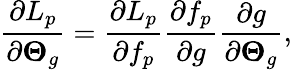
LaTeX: \frac{\partial L_{p}}{\partial\boldsymbol{\Theta}_{g}}=\frac{\partial L_{p}}{\partial f_{p}}\frac{\partial f_{p}}{\partial g}\frac{\partial g}{\partial\boldsymbol{\Theta}_{g}},